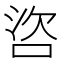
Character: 𪡌